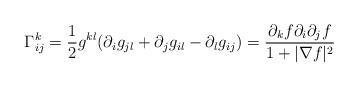
LaTeX: \begin{align*}\Gamma_{ij}^{k}=\frac{1}{2}g^{kl}(\partial_{i}g_{jl}+\partial_{j}g_{il}-\partial_{l}g_{ij})=\frac{\partial_{k}f\partial_{i}\partial_{j}f}{1+|\nabla f|^{2}}\end{align*}